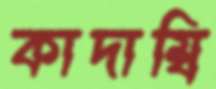
কাদাম্বি